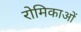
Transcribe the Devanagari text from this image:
रोमिकाओं